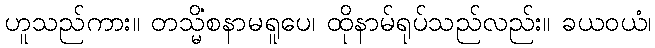
ဟူသည်ကား။ တသ္မိံစနာမရူပေ၊ ထိုနာမ်ရုပ်သည်လည်း။ ခယဝယံ၊